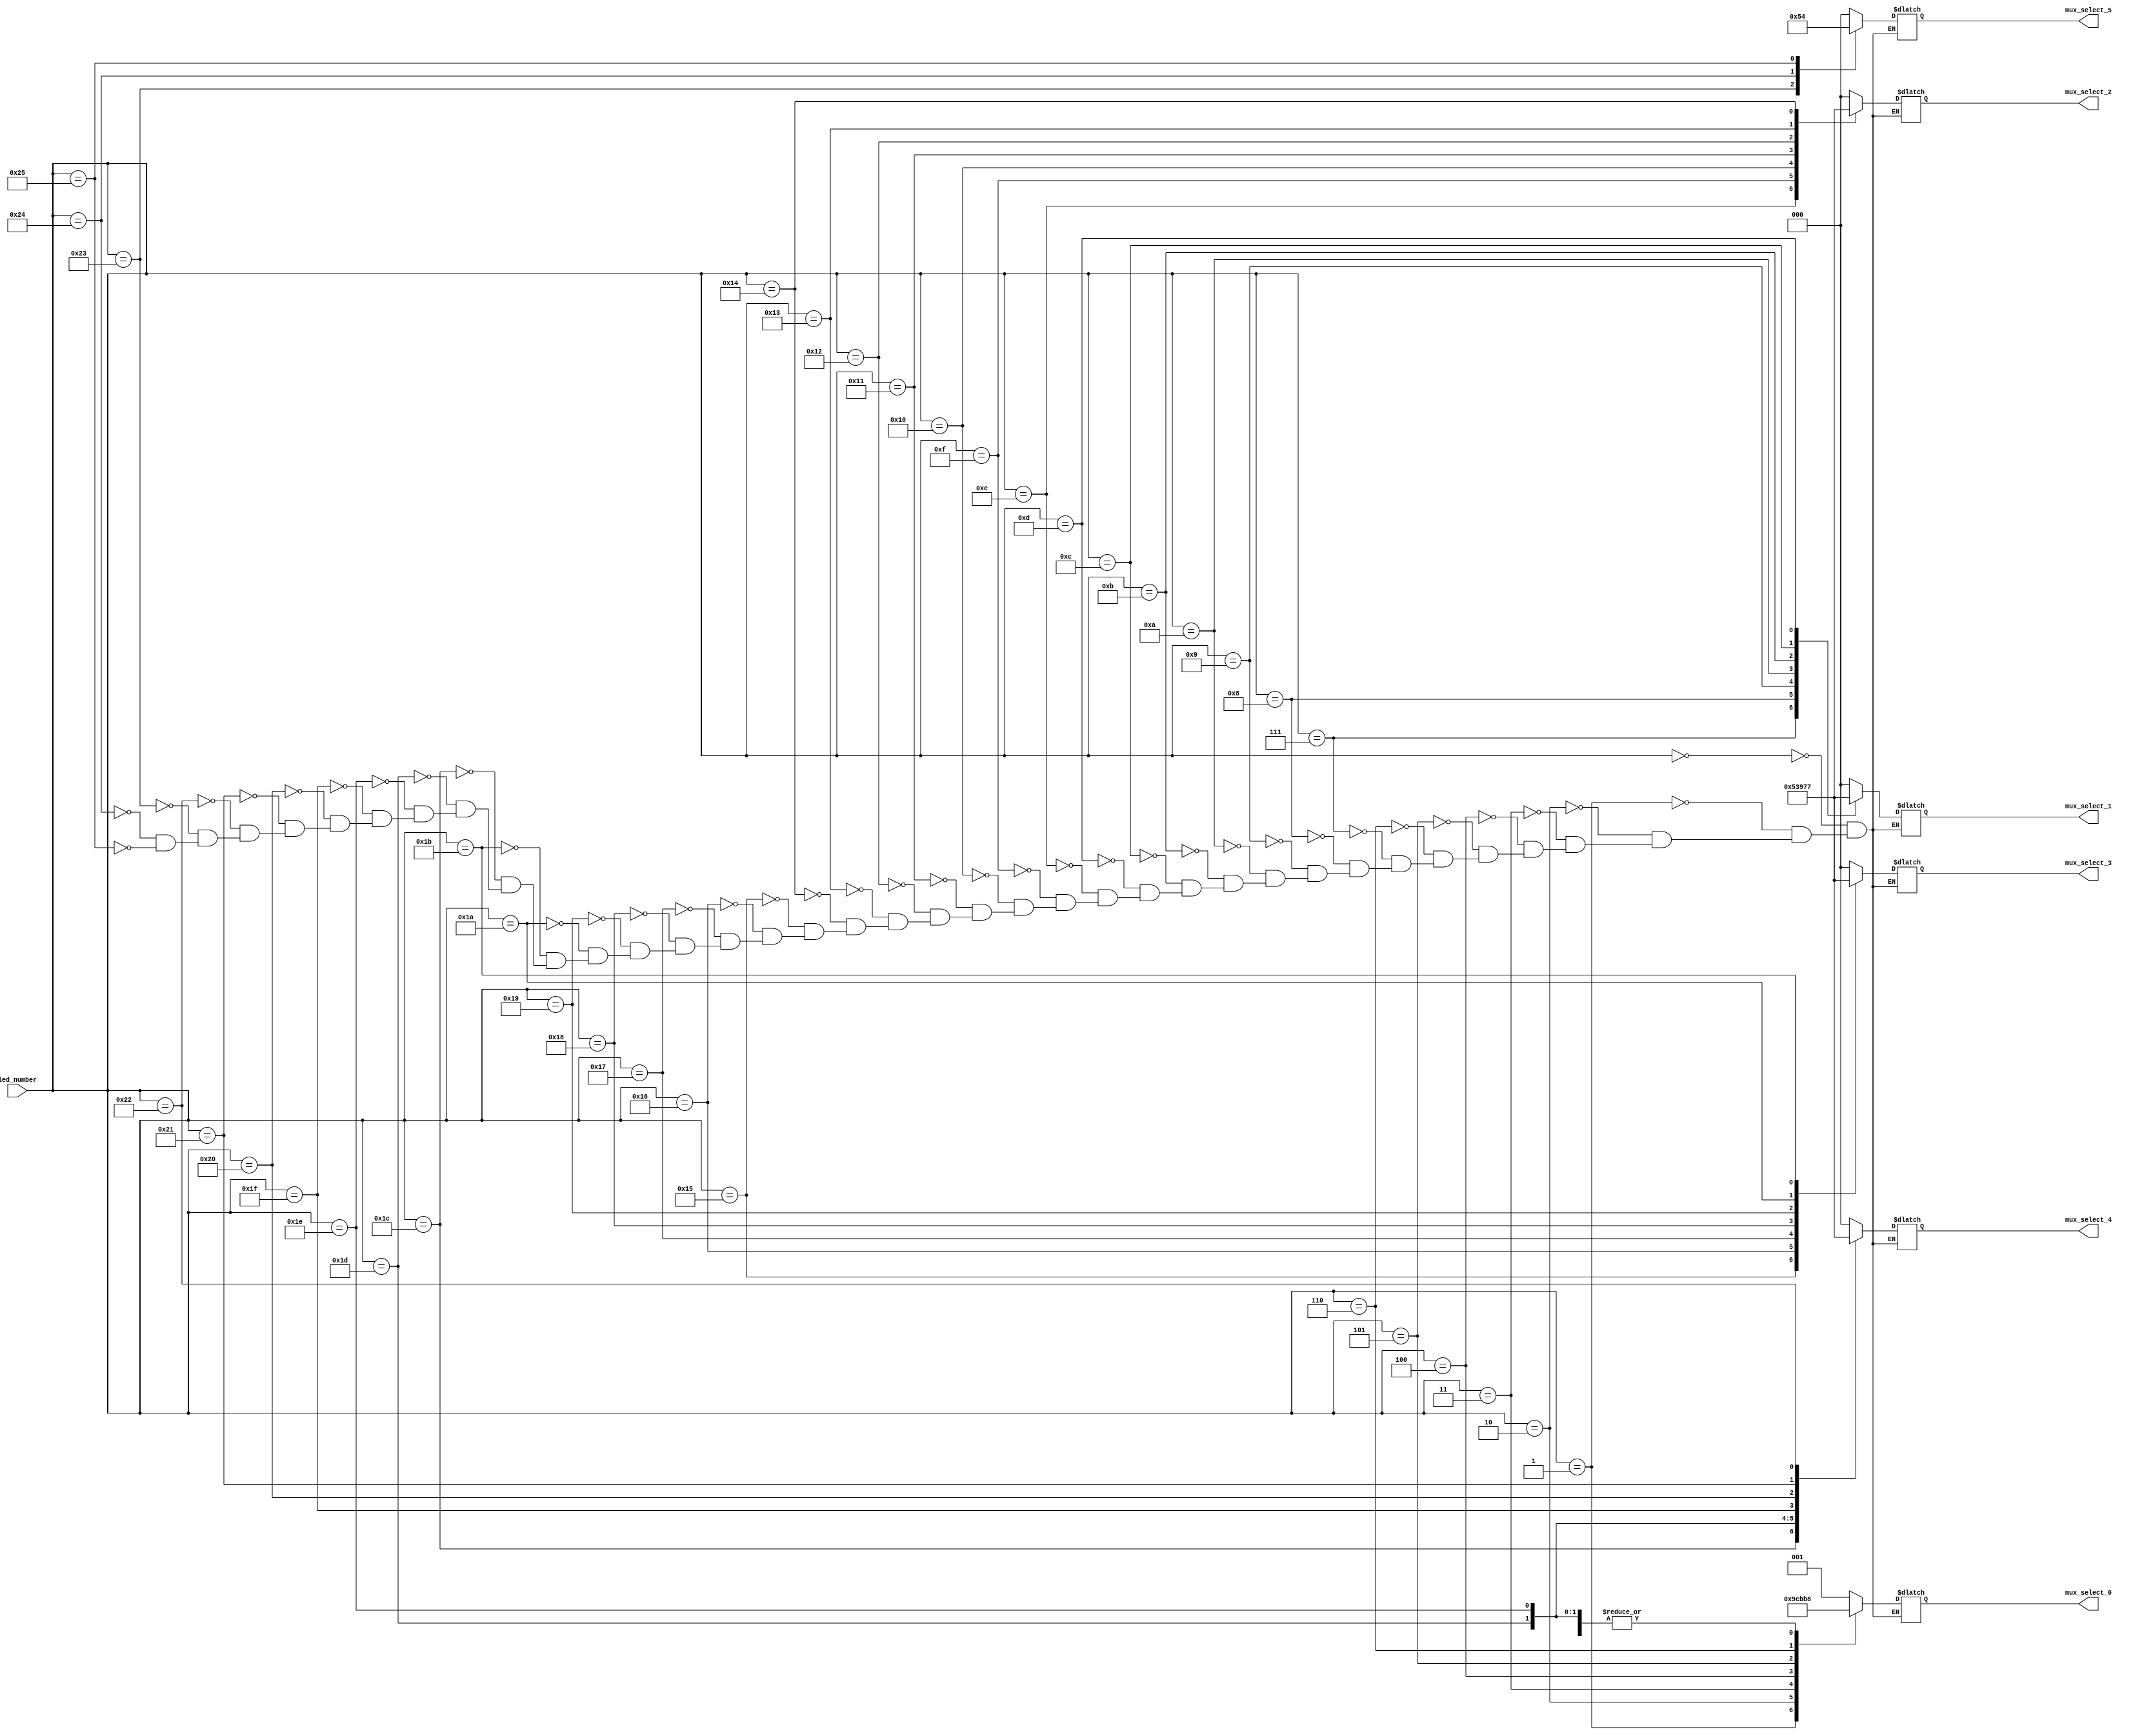
module led_decoder (
    input wire [5:0] led_number,
    output reg [2:0] mux_select_0,
    output reg [2:0] mux_select_1,
    output reg [2:0] mux_select_2,
    output reg [2:0] mux_select_3,
    output reg [2:0] mux_select_4, 
    output reg [2:0] mux_select_5
);

    always @(*) begin
        case (led_number)
            6'd0: begin
                mux_select_0 <= 3'b001;
                mux_select_1 <= 3'b000;
                mux_select_2 <= 3'b000;
                mux_select_3 <= 3'b000;
                mux_select_4 <= 3'b000;
                mux_select_5 <= 3'b000;
            end
            6'd1: begin
                mux_select_0 <= 3'b010;
                mux_select_1 <= 3'b000;
                mux_select_2 <= 3'b000;
                mux_select_3 <= 3'b000;
                mux_select_4 <= 3'b000;
                mux_select_5 <= 3'b000;
            end
            6'd2: begin
                mux_select_0 <= 3'b011;
                mux_select_1 <= 3'b000;
                mux_select_2 <= 3'b000;
                mux_select_3 <= 3'b000;
                mux_select_4 <= 3'b000;
                mux_select_5 <= 3'b000;
            end            
            6'd3: begin
                mux_select_0 <= 3'b100;
                mux_select_1 <= 3'b000;
                mux_select_2 <= 3'b000;
                mux_select_3 <= 3'b000;
                mux_select_4 <= 3'b000;
                mux_select_5 <= 3'b000;
            end
            6'd4: begin
                mux_select_0 <= 3'b101;
                mux_select_1 <= 3'b000;
                mux_select_2 <= 3'b000;
                mux_select_3 <= 3'b000;
                mux_select_4 <= 3'b000;
                mux_select_5 <= 3'b000;
            end
            6'd5: begin
                mux_select_0 <= 3'b110;
                mux_select_1 <= 3'b000;
                mux_select_2 <= 3'b000;
                mux_select_3 <= 3'b000;
                mux_select_4 <= 3'b000;
                mux_select_5 <= 3'b000;
            end
            6'd6: begin
                mux_select_0 <= 3'b111;
                mux_select_1 <= 3'b000;
                mux_select_2 <= 3'b000;
                mux_select_3 <= 3'b000;
                mux_select_4 <= 3'b000;
                mux_select_5 <= 3'b000;
            end
            6'd7: begin
                mux_select_0 <= 3'b000;
                mux_select_1 <= 3'b001;
                mux_select_2 <= 3'b000;
                mux_select_3 <= 3'b000;
                mux_select_4 <= 3'b000;
                mux_select_5 <= 3'b000;
            end
            6'd8: begin
                mux_select_0 <= 3'b000;
                mux_select_1 <= 3'b010;
                mux_select_2 <= 3'b000;
                mux_select_3 <= 3'b000;
                mux_select_4 <= 3'b000;
                mux_select_5 <= 3'b000;
            end
            6'd9: begin
                mux_select_0 <= 3'b000;
                mux_select_1 <= 3'b011;
                mux_select_2 <= 3'b000;
                mux_select_3 <= 3'b000;
                mux_select_4 <= 3'b000;
                mux_select_5 <= 3'b000;
            end
            6'd10: begin
                mux_select_0 <= 3'b000;
                mux_select_1 <= 3'b100;
                mux_select_2 <= 3'b000;
                mux_select_3 <= 3'b000;
                mux_select_4 <= 3'b000;
                mux_select_5 <= 3'b000;
            end
            6'd11: begin
                mux_select_0 <= 3'b000;
                mux_select_1 <= 3'b101;
                mux_select_2 <= 3'b000;
                mux_select_3 <= 3'b000;
                mux_select_4 <= 3'b000;
                mux_select_5 <= 3'b000;
            end
            6'd12: begin
                mux_select_0 <= 3'b000;
                mux_select_1 <= 3'b110;
                mux_select_2 <= 3'b000;
                mux_select_3 <= 3'b000;
                mux_select_4 <= 3'b000;
                mux_select_5 <= 3'b000;
            end
            6'd13: begin
                mux_select_0 <= 3'b000;
                mux_select_1 <= 3'b111;
                mux_select_2 <= 3'b000;
                mux_select_3 <= 3'b000;
                mux_select_4 <= 3'b000;
                mux_select_5 <= 3'b000;
            end
            6'd14: begin
                mux_select_0 <= 3'b000;
                mux_select_1 <= 3'b000;
                mux_select_2 <= 3'b001;
                mux_select_3 <= 3'b000;
                mux_select_4 <= 3'b000;
                mux_select_5 <= 3'b000;
            end
            6'd15: begin
                mux_select_0 <= 3'b000;
                mux_select_1 <= 3'b000;
                mux_select_2 <= 3'b010;
                mux_select_3 <= 3'b000;
                mux_select_4 <= 3'b000;
                mux_select_5 <= 3'b000;
            end
            6'd16: begin
                mux_select_0 <= 3'b000;
                mux_select_1 <= 3'b000;
                mux_select_2 <= 3'b011;
                mux_select_3 <= 3'b000;
                mux_select_4 <= 3'b000;
                mux_select_5 <= 3'b000;
            end
            6'd17: begin
                mux_select_0 <= 3'b000;
                mux_select_1 <= 3'b000;
                mux_select_2 <= 3'b100;
                mux_select_3 <= 3'b000;
                mux_select_4 <= 3'b000;
                mux_select_5 <= 3'b000;
            end
            6'd18: begin
                mux_select_0 <= 3'b000;
                mux_select_1 <= 3'b000;
                mux_select_2 <= 3'b101;
                mux_select_3 <= 3'b000;
                mux_select_4 <= 3'b000;
                mux_select_5 <= 3'b000;
            end
            6'd19: begin
                mux_select_0 <= 3'b000;
                mux_select_1 <= 3'b000;
                mux_select_2 <= 3'b110;
                mux_select_3 <= 3'b000;
                mux_select_4 <= 3'b000;
                mux_select_5 <= 3'b000;
            end
            6'd20: begin
                mux_select_0 <= 3'b000;
                mux_select_1 <= 3'b000;
                mux_select_2 <= 3'b111;
                mux_select_3 <= 3'b000;
                mux_select_4 <= 3'b000;
                mux_select_5 <= 3'b000;
            end
            6'd21: begin
                mux_select_0 <= 3'b000;
                mux_select_1 <= 3'b000;
                mux_select_2 <= 3'b000;
                mux_select_3 <= 3'b001;
                mux_select_4 <= 3'b000;
                mux_select_5 <= 3'b000;
            end
            6'd22: begin
                mux_select_0 <= 3'b000;
                mux_select_1 <= 3'b000;
                mux_select_2 <= 3'b000;
                mux_select_3 <= 3'b010;
                mux_select_4 <= 3'b000;
                mux_select_5 <= 3'b000;
            end
            6'd23: begin
                mux_select_0 <= 3'b000;
                mux_select_1 <= 3'b000;
                mux_select_2 <= 3'b000;
                mux_select_3 <= 3'b011;
                mux_select_4 <= 3'b000;
                mux_select_5 <= 3'b000;
            end
            6'd24: begin
                mux_select_0 <= 3'b000;
                mux_select_1 <= 3'b000;
                mux_select_2 <= 3'b000;
                mux_select_3 <= 3'b100;
                mux_select_4 <= 3'b000;
                mux_select_5 <= 3'b000;
            end
            6'd25: begin
                mux_select_0 <= 3'b000;
                mux_select_1 <= 3'b000;
                mux_select_2 <= 3'b000;
                mux_select_3 <= 3'b101;
                mux_select_4 <= 3'b000;
                mux_select_5 <= 3'b000;
            end
            6'd26: begin
                mux_select_0 <= 3'b000;
                mux_select_1 <= 3'b000;
                mux_select_2 <= 3'b000;
                mux_select_3 <= 3'b110;
                mux_select_4 <= 3'b000;
                mux_select_5 <= 3'b000;
            end
            6'd27: begin
                mux_select_0 <= 3'b000;
                mux_select_1 <= 3'b000;
                mux_select_2 <= 3'b000;
                mux_select_3 <= 3'b111;
                mux_select_4 <= 3'b000;
                mux_select_5 <= 3'b000;
            end
            6'd28: begin
                mux_select_0 <= 3'b000;
                mux_select_1 <= 3'b000;
                mux_select_2 <= 3'b000;
                mux_select_3 <= 3'b000;
                mux_select_4 <= 3'b001;
                mux_select_5 <= 3'b000;
            end
            6'd29: begin
                mux_select_0 <= 3'b000;
                mux_select_1 <= 3'b000;
                mux_select_2 <= 3'b000;
                mux_select_3 <= 3'b000;
                mux_select_4 <= 3'b010;
                mux_select_5 <= 3'b000;
            end
            6'd30: begin
                mux_select_0 <= 3'b000;
                mux_select_1 <= 3'b000;
                mux_select_2 <= 3'b000;
                mux_select_3 <= 3'b000;
                mux_select_4 <= 3'b011;
                mux_select_5 <= 3'b000;
            end
            6'd31: begin
                mux_select_0 <= 3'b000;
                mux_select_1 <= 3'b000;
                mux_select_2 <= 3'b000;
                mux_select_3 <= 3'b000;
                mux_select_4 <= 3'b100;
                mux_select_5 <= 3'b000;
            end
            6'd32: begin
                mux_select_0 <= 3'b000;
                mux_select_1 <= 3'b000;
                mux_select_2 <= 3'b000;
                mux_select_3 <= 3'b000;
                mux_select_4 <= 3'b101;
                mux_select_5 <= 3'b000;
            end
            6'd33: begin
                mux_select_0 <= 3'b000;
                mux_select_1 <= 3'b000;
                mux_select_2 <= 3'b000;
                mux_select_3 <= 3'b000;
                mux_select_4 <= 3'b110;
                mux_select_5 <= 3'b000;
            end
            6'd34: begin
                mux_select_0 <= 3'b000;
                mux_select_1 <= 3'b000;
                mux_select_2 <= 3'b000;
                mux_select_3 <= 3'b000;
                mux_select_4 <= 3'b111;
                mux_select_5 <= 3'b000;
            end
            6'd35: begin
                mux_select_0 <= 3'b000;
                mux_select_1 <= 3'b000;
                mux_select_2 <= 3'b000;
                mux_select_3 <= 3'b000;
                mux_select_4 <= 3'b000;
                mux_select_5 <= 3'b001;
            end
            6'd36: begin
                mux_select_0 <= 3'b000;
                mux_select_1 <= 3'b000;
                mux_select_2 <= 3'b000;
                mux_select_3 <= 3'b000;
                mux_select_4 <= 3'b000;
                mux_select_5 <= 3'b010;
            end
            6'd36: begin
                mux_select_0 <= 3'b000;
                mux_select_1 <= 3'b000;
                mux_select_2 <= 3'b000;
                mux_select_3 <= 3'b000;
                mux_select_4 <= 3'b000;
                mux_select_5 <= 3'b011;
            end
            6'd37: begin
                mux_select_0 <= 3'b000;
                mux_select_1 <= 3'b000;
                mux_select_2 <= 3'b000;
                mux_select_3 <= 3'b000;
                mux_select_4 <= 3'b000;
                mux_select_5 <= 3'b100;
            end
        endcase 
        end
endmodule